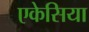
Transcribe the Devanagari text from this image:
एकेसिया